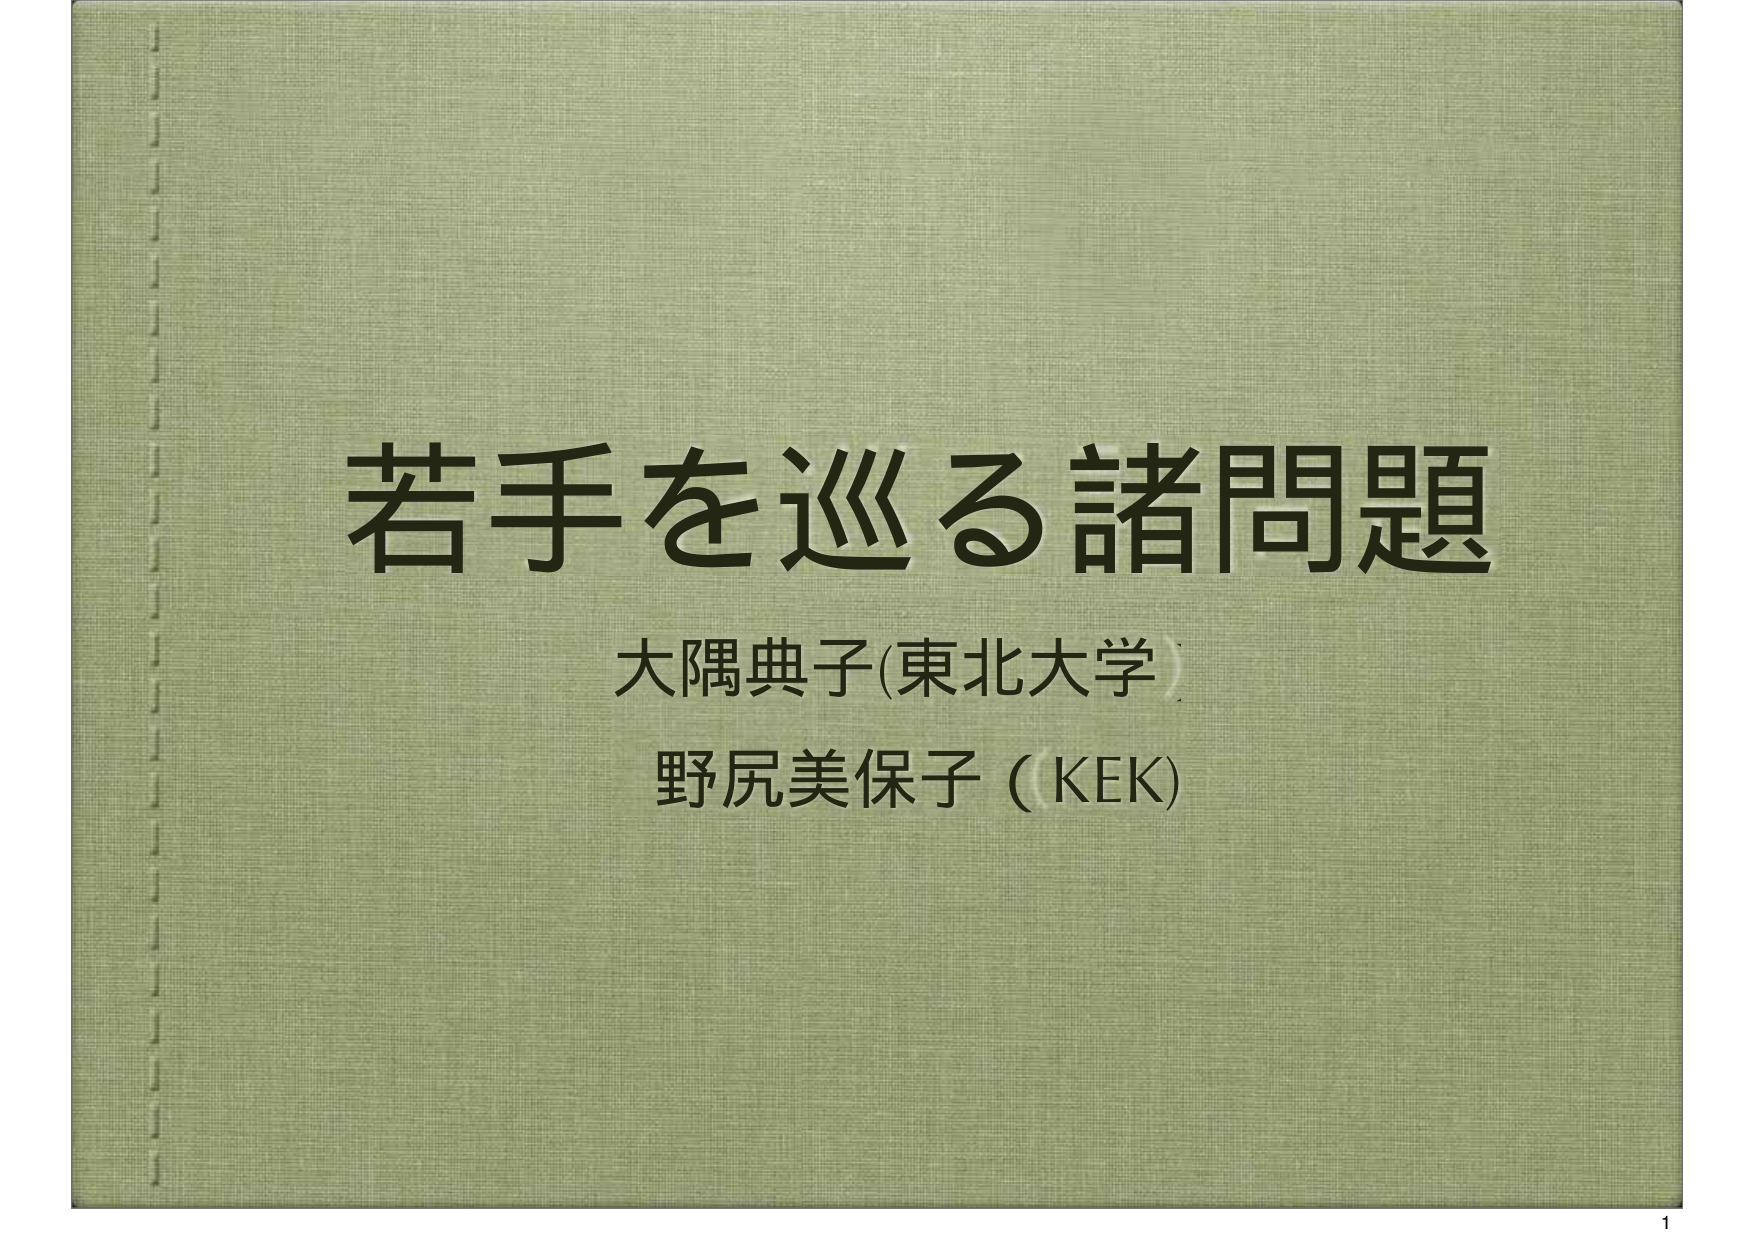
若手を巡る諸問題
大隅典子(東北大学)
野尻美保子 (KEK)
1